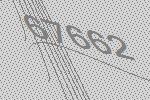
67662